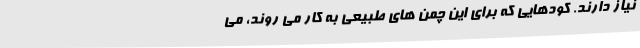
نیاز دارند. کودهایی که برای این چمن های طبیعی به کار می روند، می